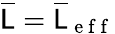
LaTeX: \overline{{\mathsf{L}}}=\overline{{\mathsf{L}}}_{\mathrm{~e~f~f~}}